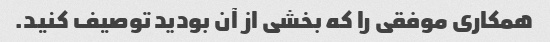
همکاری موفقی را که بخشی از آن بودید توصیف کنید.